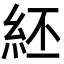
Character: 䋔